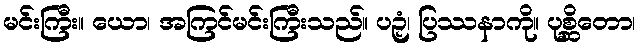
မင်းကြီး။ ယော၊ အကြင်မင်းကြီးသည်။ ပဉှံ၊ ပြဿနာကို။ ပုစ္ဆိတော၊